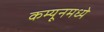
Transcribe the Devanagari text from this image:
कम्यूनमध्ये